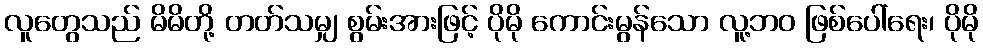
လူတွေသည် မိမိတို့ တတ်သမျှ စွမ်းအားဖြင့် ပိုမို ကောင်းမွန်သော လူ့ဘဝ ဖြစ်ပေါ်ရေး၊ ပိုမို